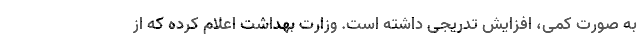
به صورت کمی، افزایش تدریجی داشته است. وزارت بهداشت اعلام کرده که از